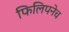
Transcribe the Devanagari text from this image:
फिलिपनेच